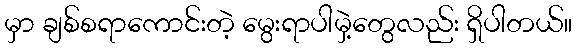
မှာ ချစ်စရာကောင်းတဲ့ မွေးရာပါမှဲ့တွေလည်း ရှိပါတယ်။